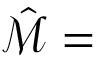
\hat { \mathcal { M } } =